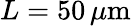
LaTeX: L=50\, \mu\mathrm{m}